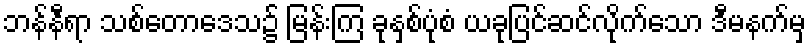
ဘန်နီရာ သစ်တောဒေသ၌ မြန်းကြ ခုနှစ်ပုံစံ ယခုပြင်ဆင်လိုက်သော ဒီမနက်မှ